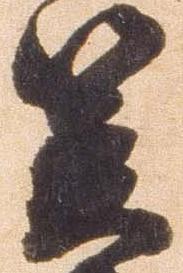
笠